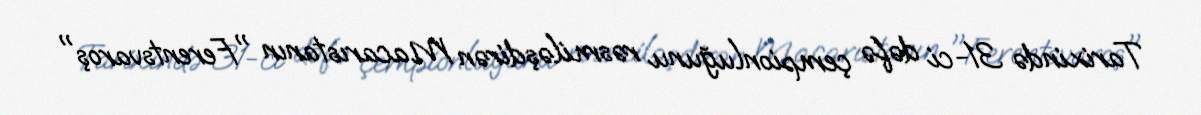
Tarixində 31-ci dəfə çempionluğunu rəsmiləşdirən Macarıstanın "Ferentsvaroş"